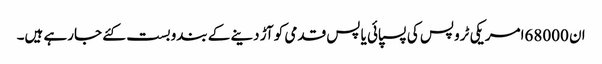
ان 68000امریکی ٹروپس کی پسپائی یا پس قدمی کو آڑ دینے کے بندوبست کئے جارہے ہیں۔